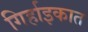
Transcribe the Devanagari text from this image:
गिर्हाइकात